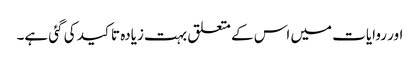
اور روایات میں اس کے متعلق بہت زیادہ تاکید کی گئی ہے۔